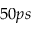
5 0 p s